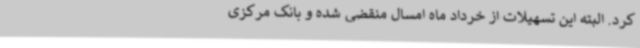
کرد. البته این تسهیلات از خرداد ماه امسال منقضی شده و بانک مرکزی